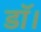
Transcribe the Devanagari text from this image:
डाॅ।